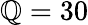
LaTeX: \mathbb{Q}=30